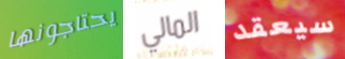
يحتاجونها المالي سيعقد